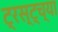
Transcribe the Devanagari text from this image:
ट्रस्ट्च्या